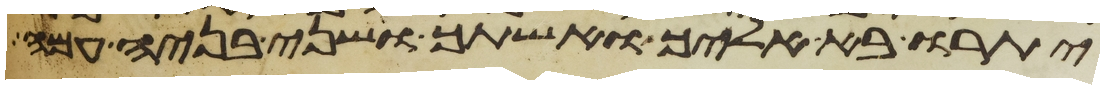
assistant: יתרו בא אליך ואשתך ושני בניה עמה